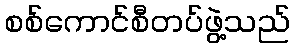
စစ်ကောင်စီတပ်ဖွဲ့သည်